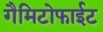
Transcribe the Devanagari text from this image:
गैमिटोफाईट